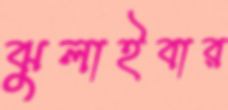
ঝুলাইবার